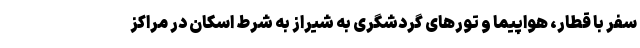
سفر با قطار، هواپیما و تور‌های گردشگری به شیراز به شرط اسکان در مراکز